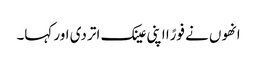
انھوں نے فورًا اپنی عینک اتر دی اور کہا۔